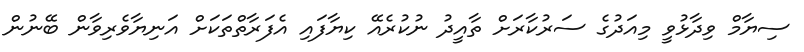
ސިޔާމް ވިދާޅުވީ މިއަދުގެ ސަރުކާރަށް ތާއީދު ނުކުރެއޭ ކިޔާފައި އެފަރާތްތަކަށް އަނިޔާވެރިވާން ބޭނުން